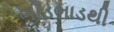
ભીડભાડથી